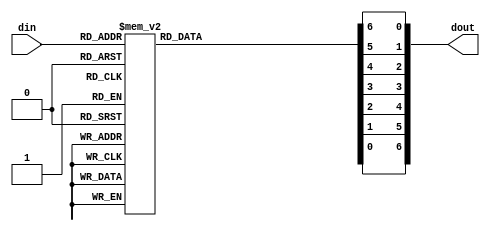
module fnd_enc (
	din,
	dout
);

parameter OFF = 1'b1;
parameter ON = 1'b0;
input[3:0] din;
//output [7:0] dout;
output [6:0] dout;

reg a, b, c, d, e, f, g;
//wire h;

// off condition
always @(din)
	case (din)
		4'h0 : {a,b,c,d,e,f,g} = {ON ,ON ,ON ,ON ,ON ,ON ,OFF};
		4'h1 : {a,b,c,d,e,f,g} = {OFF,ON ,ON ,OFF,OFF,OFF,OFF}; 
		4'h2 : {a,b,c,d,e,f,g} = {ON ,ON ,OFF,ON ,ON ,OFF,ON }; 
		4'h3 : {a,b,c,d,e,f,g} = {ON ,ON ,ON ,ON ,OFF,OFF,ON }; 
		4'h4 : {a,b,c,d,e,f,g} = {OFF,ON ,ON ,OFF,OFF,ON ,ON }; 
		4'h5 : {a,b,c,d,e,f,g} = {ON ,OFF,ON ,ON ,OFF,ON ,ON }; 
		4'h6 : {a,b,c,d,e,f,g} = {ON ,OFF,ON ,ON ,ON ,ON ,ON }; 
		4'h7 : {a,b,c,d,e,f,g} = {ON ,ON ,ON ,OFF,OFF,OFF,OFF}; 
		4'h8 : {a,b,c,d,e,f,g} = {ON ,ON ,ON ,ON ,ON ,ON ,ON }; 
		4'h9 : {a,b,c,d,e,f,g} = {ON ,ON ,ON ,ON ,OFF,ON ,ON }; 
		4'hA : {a,b,c,d,e,f,g} = {ON ,ON ,ON ,OFF,ON ,ON ,ON }; 
		4'hB : {a,b,c,d,e,f,g} = {OFF,OFF,ON ,ON ,ON ,ON ,ON }; 
		4'hC : {a,b,c,d,e,f,g} = {ON ,OFF,OFF,ON ,ON ,ON ,OFF}; 
		4'hD : {a,b,c,d,e,f,g} = {OFF,ON ,ON ,ON ,ON ,OFF,ON }; 
		4'hE : {a,b,c,d,e,f,g} = {ON ,OFF,OFF,ON ,ON ,ON ,ON }; 
		4'hF : {a,b,c,d,e,f,g} = {ON ,OFF,OFF,OFF,ON ,ON ,ON }; 
		default : {a,b,c,d,e,f,g} = {OFF,OFF,OFF,OFF,OFF,OFF,OFF};
	endcase

//assign h = 1'b1;

//assign dout = {h,g,f,e,d,c,b,a};
assign dout = {g,f,e,d,c,b,a};

endmodule